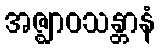
အဇ္ဈာဝသန္တာနံ